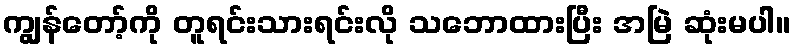
ကျွန်တော့်ကို တူရင်းသားရင်းလို သဘောထားပြီး အမြဲ ဆုံးမပါ။